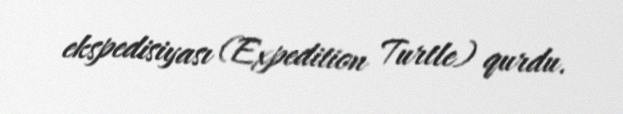
ekspedisiyası (Expedition Turtle) qurdu.